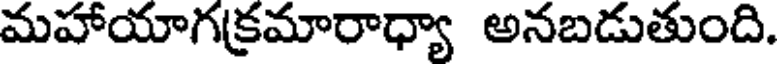
మహాయాగక్రమారాధ్యా అనబడుతుంది.